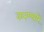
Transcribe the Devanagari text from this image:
करण्यारे